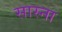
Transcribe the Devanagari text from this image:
सास्ना